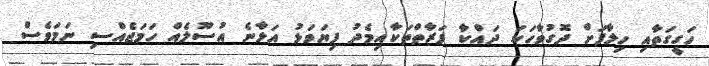
ހަގީގަތާއި ހިލާފަށް ދޮގުވާހަކަ ދައްކާ ފަރާތްތަކާއިމެދު ފިޔަވަޅު އަޅާނެ އުސޫލެއް ހަމަޖެއްސި ނަމަވެސް